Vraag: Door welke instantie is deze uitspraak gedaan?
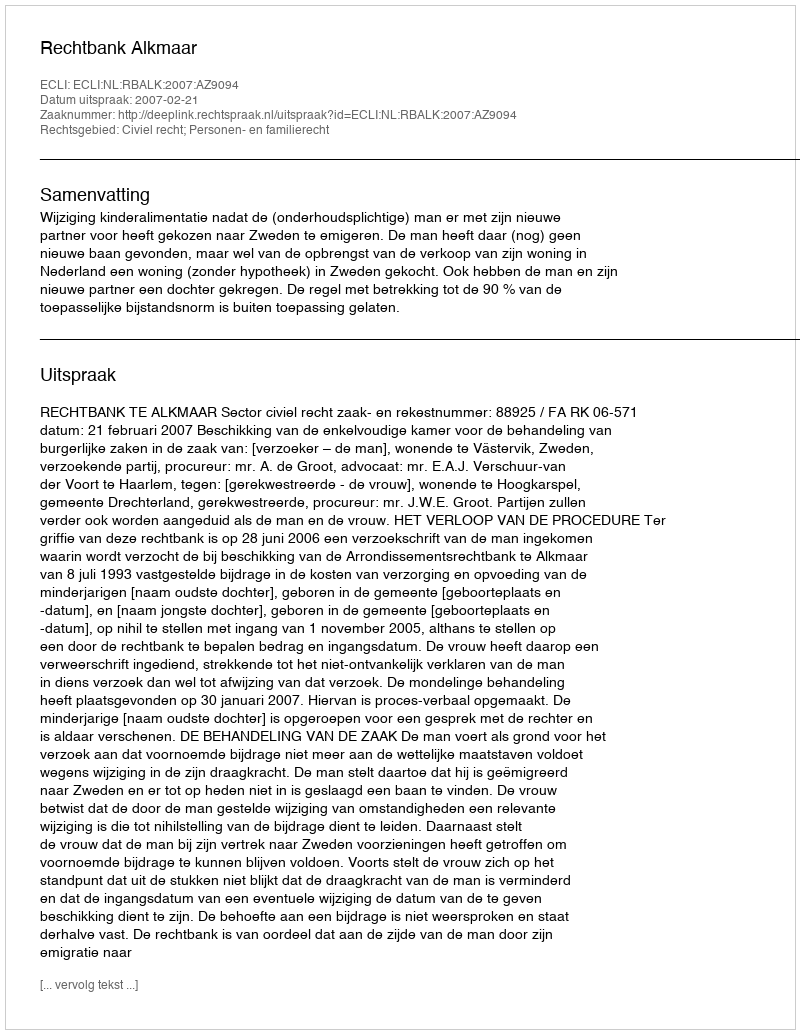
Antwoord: Rechtbank Alkmaar